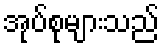
အုပ်စုများသည်